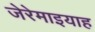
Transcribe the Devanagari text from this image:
जेरेमाइयाह